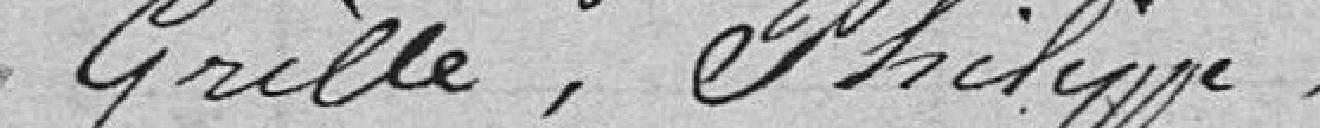
Grille, Philippe